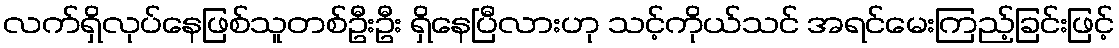
လက်ရှိလုပ်နေဖြစ်သူတစ်ဦးဦး ရှိနေပြီလားဟု သင့်ကိုယ်သင် အရင်မေးကြည့်ခြင်းဖြင့်